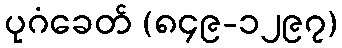
ပုဂံခေတ် (၈၄၉-၁၂၉၇)